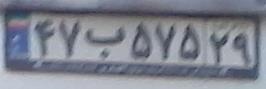
۴۷ب۵۷۵۲۹